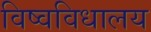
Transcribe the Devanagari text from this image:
विष्वविधालय